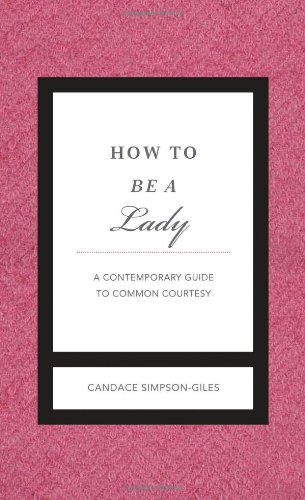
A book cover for How to Be a Lady Revised and   Updated: A Contemporary Guide to Common Courtesy (Gentlemanners); Candace Simpson-Giles; Reference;